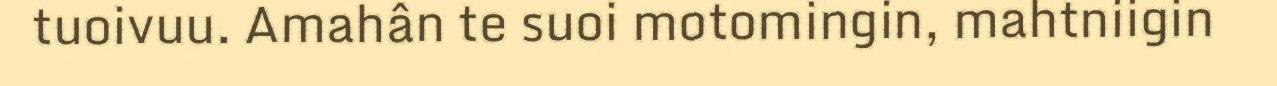
tuoivuu. Amahân te suoi motomingin, mahtniigin